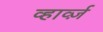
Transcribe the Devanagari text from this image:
व्हार्व्ज़